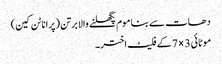
دھات سے بنا موم پگھلنے والا برتن (پرانا ٹن کین)
موٹائی 3 × 7 کے فلیٹ اختر۔